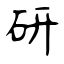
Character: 研